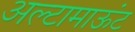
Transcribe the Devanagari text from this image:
अल्टामाऊंट